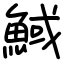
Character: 䱛